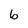
Character: b